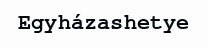
Egyházashetye